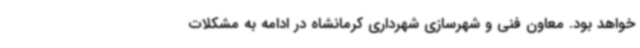
خواهد بود. معاون فنی و شهرسازی شهرداری کرمانشاه در ادامه به مشکلات